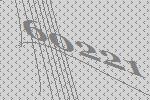
60221